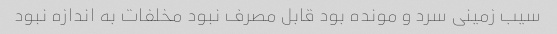
سیب زمینی سرد و مونده بود قابل مصرف نبود مخلفات به اندازه نبود